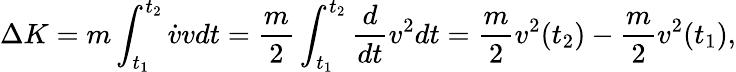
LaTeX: \Delta K=m\int_{t_{1}}^{t_{2}}{\dot{v}}vdt={\frac{m}{2}}\int_{t_{1}}^{t_{2}}{\frac{d}{dt}}v^{2}dt={\frac{m}{2}}v^{2}(t_{2})-{\frac{m}{2}}v^{2}(t_{1}),